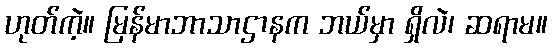
ဟုတ်ကဲ့။ မြန်မာဘာသာဌာနက ဘယ်မှာ ရှိလဲ၊ ဆရာမ။